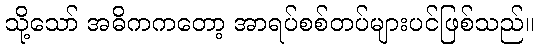
သို့သော် အဓိကကတော့ အာရပ်စစ်တပ်များပင်ဖြစ်သည်။